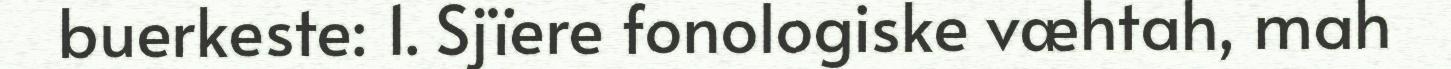
buerkeste: 1. Sjïere fonologiske væhtah, mah